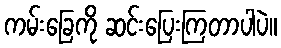
ကမ်းခြေကို ဆင်းပြေးကြတာပါပဲ။